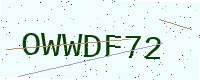
Text: OWWDF72